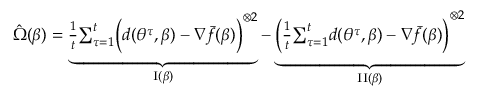
\begin{array} { r } { \hat { \Omega } ( \beta ) = \underbrace { \frac 1 t { \sum _ { \tau = 1 } ^ { t } } \Big ( d ( { \theta ^ { \tau } } , \beta ) - \nabla { \bar { f } } ( \beta ) \Big ) ^ { \otimes 2 } } _ { { \mathrm { { I } } } ( \beta ) } - \underbrace { \bigg ( \frac 1 t { \sum _ { \tau = 1 } ^ { t } } d ( { \theta ^ { \tau } } , \beta ) - \nabla { \bar { f } } ( \beta ) \bigg ) ^ { \otimes 2 } } _ { { \mathrm { { I I } } } ( \beta ) } } \end{array}